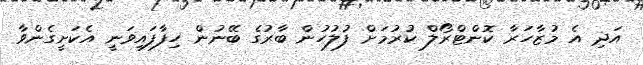
އަދި އެ މުޒާހަރާ ކޮންޓްރޯލް ކުރުމަށް ފުލުހުން ބާރުގެ ބޭނުން ހިފާފައިވަނީ އެކަށީގެންވާ